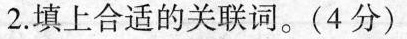
2.填上合适的关联词。(4分)